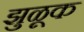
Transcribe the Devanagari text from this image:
झुळूक